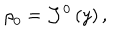
LaTeX: \mathrm { \ r h o } _ { 0 } = \mathcal { J } ^ { 0 } \left( y \right) ,